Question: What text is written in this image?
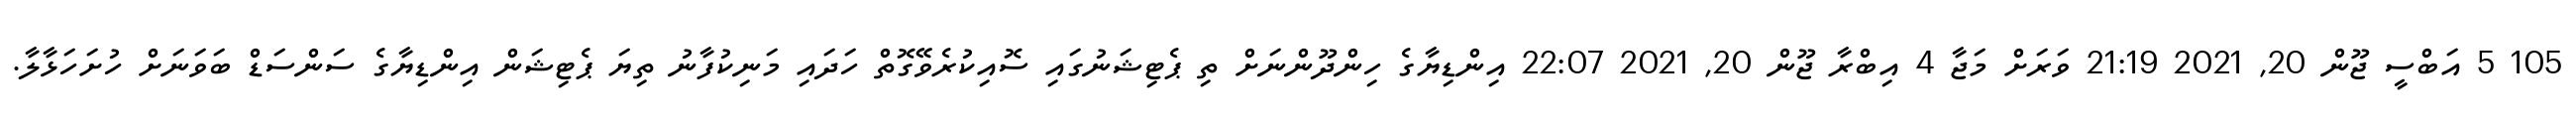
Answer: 105 5 އަބްސީ ޖޫން 20, 2021 21:19 ވަރަށް މަޖާ 4 އިބްރާ ޖޫން 20, 2021 22:07 އިންޑިޔާގެ ހިންދޫންނަށް ތި ޕެޓިޝަނުގައި ސޮއިކުރެވޭގޮތް ހަދައި މަނިކުފާނު ތިޔަ ޕެޓިޝަން އިންޑިޔާގެ ސަންސަޑް ބަވަނަށް ހުށަހަޅާލާ.